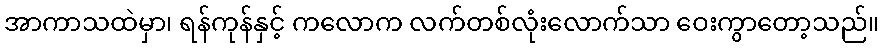
အာကာသထဲမှာ၊ ရန်ကုန်နှင့် ကလောက လက်တစ်လုံးလောက်သာ ဝေးကွာတော့သည်။